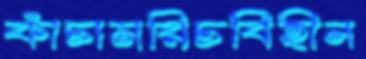
কাঁচামরিচবিহীন